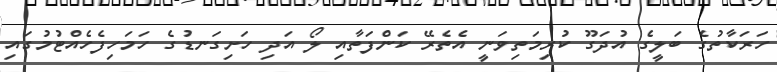
ހަރަކާތުގެ ބަލީގެ އުދަގޫ ކުރިމަތިވަނީ އެތެރޭ ކަންފަތާއި ލޯ އަދި ހަށިގަނޑުގެ ހަމަހިފެހެއްޓުމުގައި